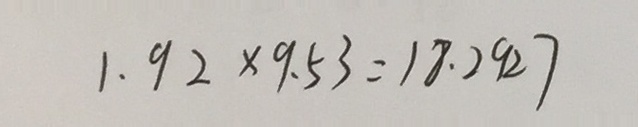
1 . 9 2 \times 9 . 5 3 = 1 8 . 2 9 7 6